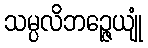
သမ္ပလိဘဉ္ဇေယျုံ